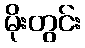
မိုးတွင်း